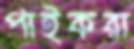
পাইকরা